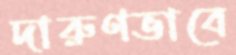
দারুণভাবে